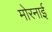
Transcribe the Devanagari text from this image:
मोरनाई